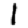
Digit: 1